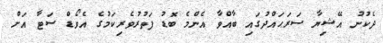
ދެކުނު އޭޝިޔާ ސަރަޙައްދުގައި ބާއްވާ އެންމެ ބޮޑު ފަތުރުވެރިކަމުގެ އެވޯޑް ސަޓާ އަށް